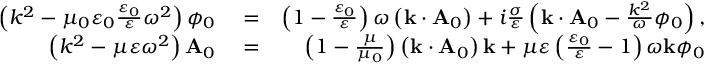
\begin{array} { r l r } { \left( k ^ { 2 } - \mu _ { 0 } \varepsilon _ { 0 } \frac { \varepsilon _ { 0 } } { \varepsilon } \omega ^ { 2 } \right) \phi _ { 0 } } & { { } = } & { \left( 1 - \frac { \varepsilon _ { 0 } } { \varepsilon } \right) \omega \left( \mathbf { k } \cdot \mathbf { A } _ { 0 } \right) + i \frac { \sigma } { \varepsilon } \left( \mathbf { k } \cdot \mathbf { A } _ { 0 } - \frac { k ^ { 2 } } { \omega } \phi _ { 0 } \right) , } \\ { \left( k ^ { 2 } - \mu \varepsilon \omega ^ { 2 } \right) \mathbf { A } _ { 0 } } & { { } = } & { \left( 1 - \frac { \mu } { \mu _ { 0 } } \right) \left( \mathbf { k } \cdot \mathbf { A } _ { 0 } \right) \mathbf { k } + \mu \varepsilon \left( \frac { \varepsilon _ { 0 } } { \varepsilon } - 1 \right) \omega \mathbf { k } \phi _ { 0 } } \end{array}